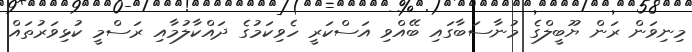
މިނިވަން ރަން ޔޫބީލްގެ މުނާސަބާގައި ބޭއްވި އަސްކަރީ ހެވިކަމުގެ ދައްކާލުމާއި ރަސްމީ ކުޅިވަރުތައް